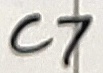
Text: C7